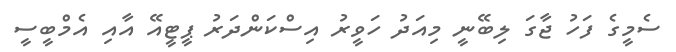
ސެމީގެ ފަހު ޖާގަ ލިބޭނީ މިއަދު ހަވީރު އިސްކަންދަރު ޕީޓީއޭ އާއި އެމްބީސީ